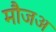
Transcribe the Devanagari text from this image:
मौजअ